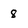
Character: 8